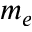
m _ { e }